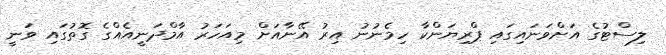
ލިސްޓުގެ އަށްވަނައިގައި ޕްރިޔަންކާ ހިމެނުނު އިރު އޭނާއަށް މިއަހަރު އާމްދަނީއެއްގެ ގޮތުގައި ވަނީ